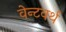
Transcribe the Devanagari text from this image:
वेन्टवर्थ